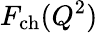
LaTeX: F_{\mathrm{ch}}(Q^{2})